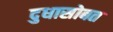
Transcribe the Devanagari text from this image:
दुधासोबत